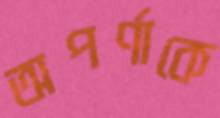
অপর্ণাকে